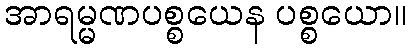
အာရမ္မဏပစ္စယေန ပစ္စယော။